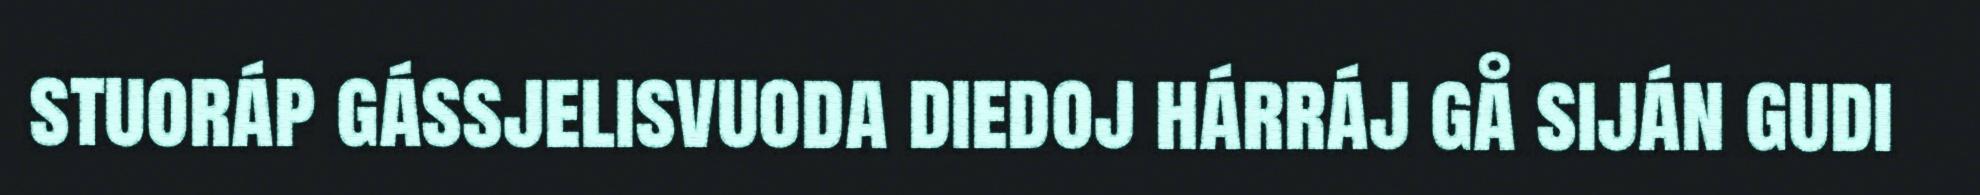
stuoráp gássjelisvuoda diedoj hárráj gå siján gudi